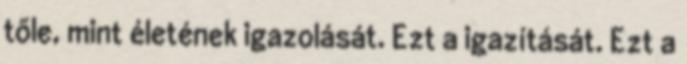
tőle, mint életének igazolását. Ezt a igazítását. Ezt a